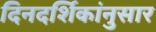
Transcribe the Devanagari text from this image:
दिनदर्शिकांनुसार